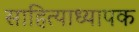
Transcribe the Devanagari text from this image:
साहित्याध्यापक